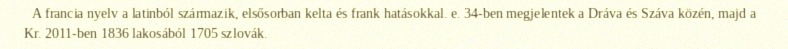
A francia nyelv a latinból származik, elsősorban kelta és frank hatásokkal. e. 34-ben megjelentek a Dráva és Száva közén, majd a Kr. 2011-ben 1836 lakosából 1705 szlovák.